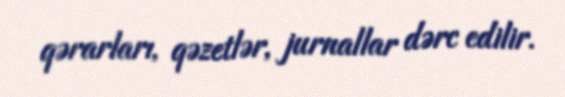
qərarları, qəzetlər, jurnallar dərc edilir.